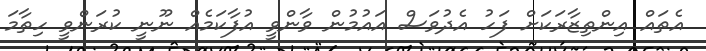
އެތައް އިންތިޒާރަކަށް ފަހު އެދުވަސް އައުމުން ވާންވީ އުފާކަމެއް ނޫނީ ކުރަންވީ ހިތާމަ